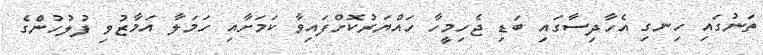
ތަނުގައި ހިނގި އެހާދިސާގައި ބަޑި ޖެހިމީހާ ހައްޔަރުކޮށްފައިވާ ކަމަށާއި ހަމަލާ އަމާޒުވި ފުލުހުންގެ